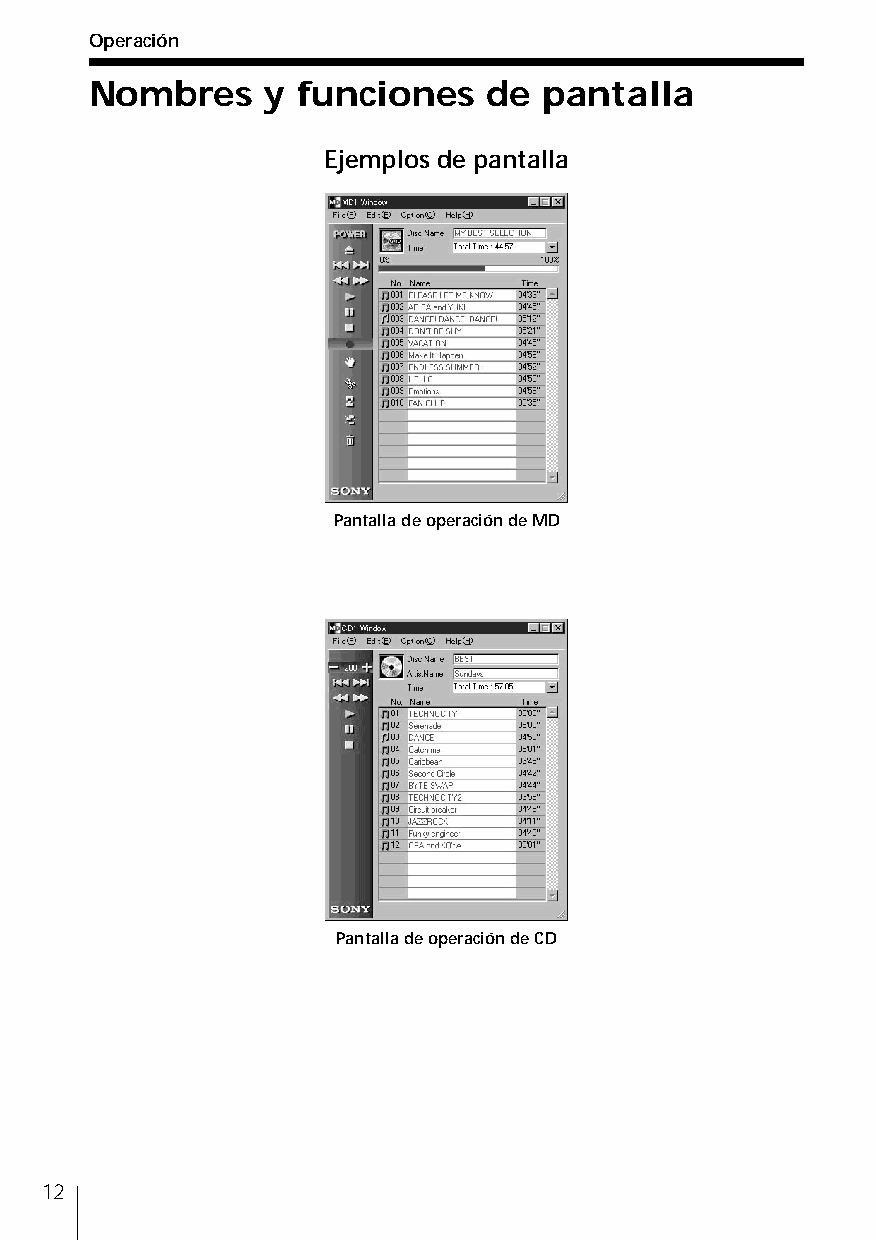
Operación
 Nombres    y  funciones   de  pantalla
 Ejemplos de pantalla
 Pantalla de operación de MD
 Pantalla de operación de CD
 12